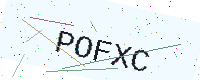
Text: POFXC